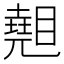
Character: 𥋈